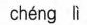
chéng lì